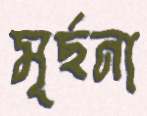
মূর্ছনা